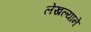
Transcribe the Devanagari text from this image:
लेखल्याने